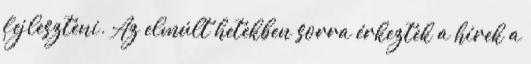
fejleszteni. Az elmúlt hetekben sorra érkeztek a hírek a